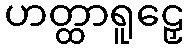
ဟတ္ထာရူဠှေ